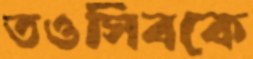
তওসিবকে